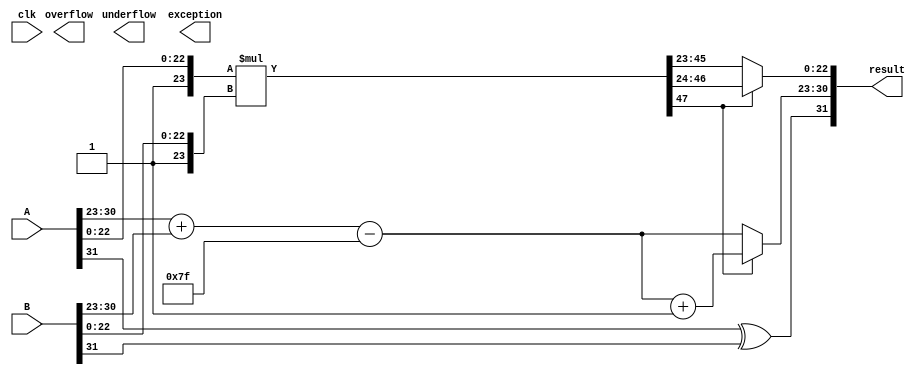
// This program was cloned from: https://github.com/quocthinh1511/FloatingPointUnit
// License: MIT License

`timescale 1ns / 1ps
module FloatingMultiplication #(parameter XLEN=32)
                                (input [XLEN-1:0]A,
                                 input [XLEN-1:0]B,
                                 input clk,
                                 output overflow,
                                 output underflow,
                                 output exception,
                                 output reg  [XLEN-1:0] result);

reg [23:0] A_Mantissa,B_Mantissa;
reg [22:0] Mantissa;
reg [47:0] Temp_Mantissa;
reg [7:0] A_Exponent,B_Exponent,Temp_Exponent,diff_Exponent,Exponent;
reg A_sign,B_sign,Sign;
reg [32:0] Temp;
reg [6:0] exp_adjust;
always@(*)
begin
A_Mantissa = {1'b1,A[22:0]};
A_Exponent = A[30:23];
A_sign = A[31];
  
B_Mantissa = {1'b1,B[22:0]};
B_Exponent = B[30:23];
B_sign = B[31];

Temp_Exponent = A_Exponent+B_Exponent-127;
Temp_Mantissa = A_Mantissa*B_Mantissa;
Mantissa = Temp_Mantissa[47] ? Temp_Mantissa[46:24] : Temp_Mantissa[45:23];
Exponent = Temp_Mantissa[47] ? Temp_Exponent+1'b1 : Temp_Exponent;
Sign = A_sign^B_sign;
result = {Sign,Exponent,Mantissa};
end
endmodule